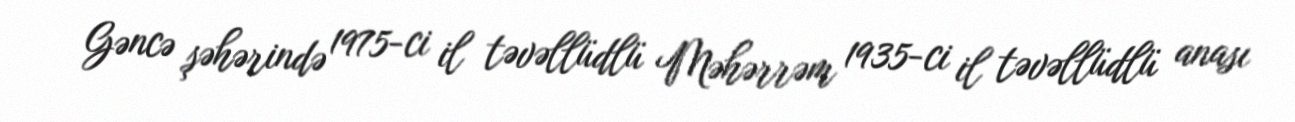
Gəncə şəhərində 1975-ci il təvəllüdlü Məhərrəm 1935-ci il təvəllüdlü anası